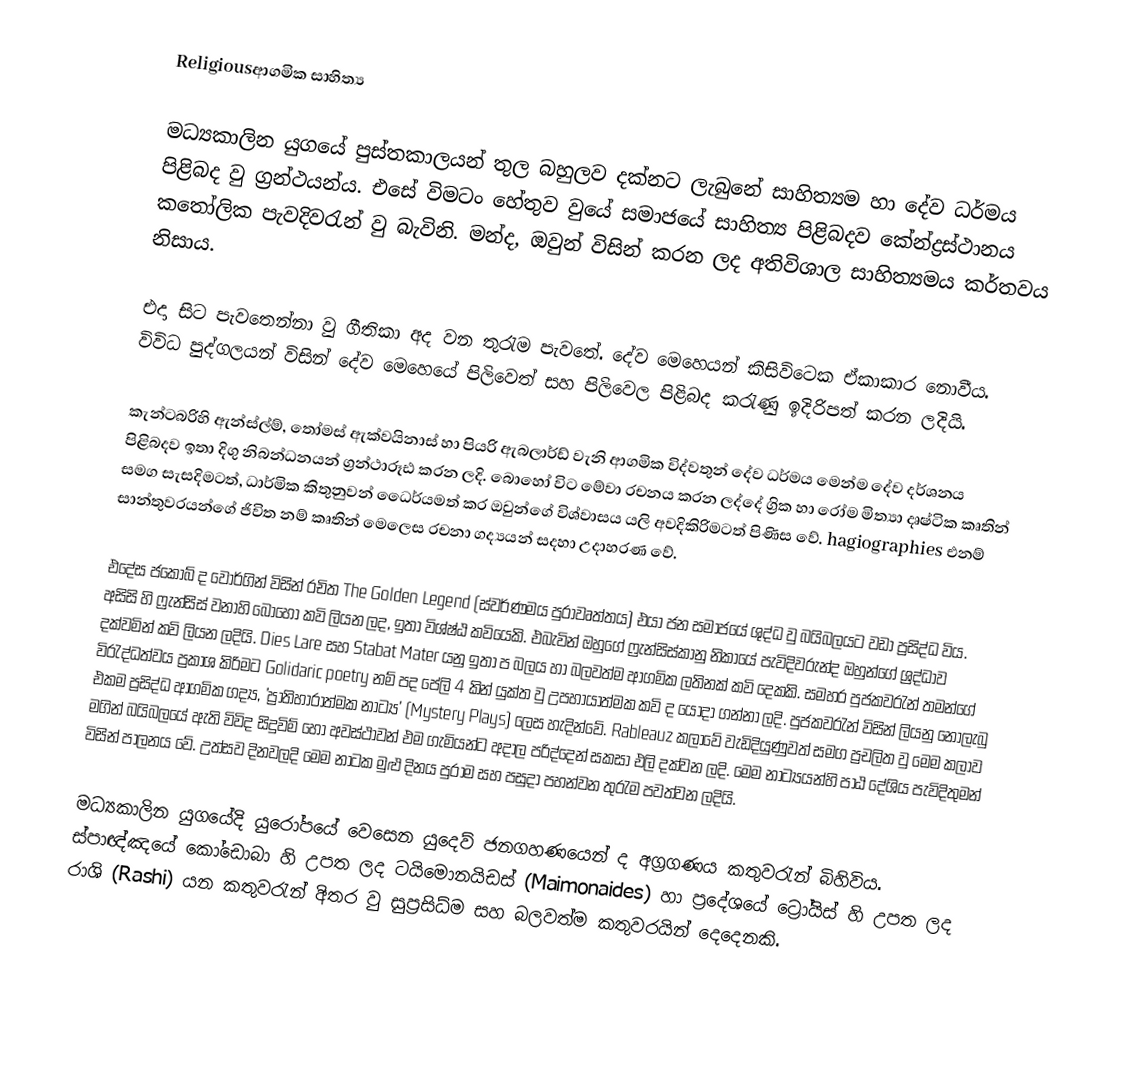
Religiousආගමික සාහිත්‍ය

	මධ්‍යකාලින යුගයේ පුස්තකාලයන් තුල බහුලව දක්නට ලැබුනේ සාහිත්‍යම හා දේව ධර්මය පිළිබද වු ග්‍රන්ථයන්ය. එසේ විමටං හේතුව වුයේ සමාජයේ සාහිත්‍ය පිළිබදව කේන්ද්‍රස්ථානය කතෝලික පැවදිවරැන් වු බැවිනි. මන්ද, ඔවුන් විසින් කරන ලද අතිවිශාල සාහිත්‍යමය කර්තවය නිසාය.

	එදා සිට පැවතෙන්නා වු ගීතිකා අද වන තුරැම පැවතේ. දේව මෙහෙයන් කිසිවිටෙක ඒකාකාර නොවීය. විවිධ පුද්ගලයන් විසින් දේව මෙහෙයේ පිලිවෙත් සහ පිලිවෙල පිළිබද කරැණු ඉදිරිපත් කරන ලදියි.

	කැන්ටබරිහි ඇන්ස්ල්ම්, තො‍්මස් ඇක්වයිනාස් හා පියරි ඇබලාර්ඩ් වැනි ආගමික විද්වතුන් දේව ධර්මය මෙන්ම දේව දර්ශනය පිළිබදව ඉතා දිගු නිබන්ධනයන් ග්‍රන්ථාරූඪ කරන ලදි. බොහෝ විට මේවා රචනය කරන ලද්දේ ග්‍රික හා රෝම මිත්‍යා දෘෂ්ටික කෘතින් සමග සැසදිමටත්, ධාර්මික කිතුනුවන් ධෛර්යමත් කර ඔවුන්ගේ විශ්වාසය යලි අවදිකිරිමටත් පිණිස වේ. hagiographies එනම් සාන්තුවරයන්ගේ ජිවිත නම් කෘතින් මෙලෙස රචනා ගද්‍යයන් සදහා උදාහරණ වේ.

එදේස ජකොබ් ද වෝර්ගින් විසින් රචිත The Golden Legend  (ස්වර්ණමය පුරාවෘත්තය) එයා ජන සමාජයේ ශුද්ධ වු බයිබලයට වඩා ප්‍රසිද්ධ විය. අසිසි හි ෆ්‍රැන්සිස් වනාහි බොහෝ කවි ලියන ලද, ඉතා විශ්ෂ්ඨ කවියෙකි. එබැවින් ඔහුගේ ෆ්‍රැන්සිස්කානු නිකායේ පැවිදිවරුන්ද ඔහුන්ගේ ශ්‍රද්ධාව දක්වමින් කවි ලියන ලදියි. Dies Lare  සහ Stabat Mater  යනු ඉතා ප	බලය හා බලවත්ම ආගමික ලතිනක් කවි දෙකකි. සමහර පුජකවරැන් තමන්ගේ විරැද්ධත්වය ප්‍රකාශ කිරිමට Golidaric poetry  නම් පද පේලි 4 කින් යුක්ත වු උපහායාත්මක කවි ද යොදා ගන්නා ලදි. පුජකවරැන් විසින් ලියනු නොලැබු එකම ප්‍රසිද්ධ ආගමික ගද්‍ය, 'ප්‍රාතිහාරාත්මක නාට්‍ය' (Mystery Plays) ලෙස හැදින්වේ. Rableauz  කලාවේ වැඩිදියුණුවත් සමග ප්‍රචලිත වු මෙම කලාව මගින් බයිබලයේ ඇති විවිද සිදුවිම් හෝ අවස්ථාවන් එම ගැමියන්ට අදාල පරිද්දෙන් සකසා එලි දක්වන ලදි. මෙම නාට්‍යයන්හි පාඨ දේශිය ‍පැවිදිතුමන් විසින් පාලනය වේ. උත්සව දිනවලදි මෙම නාටක මුළු දිනය පුරාම සහ පසුදා පහන්වන තුරැම පවත්වන ලදියි.

මධ්‍යකාලින යුගයේදි යුරෝපයේ වෙසෙන යුදෙව් ජනගහණයෙන් ද අග්‍රගණය කතුවරැන් බිහිවිය. ස්පාඥ්ඤයේ කෝඩොබා හි උපත ලද ‍ටයිමොනයිඩස් (Maimonaides) හා ප්‍රදේශයේ ට්‍රෝයිස් හි උපත ලද රා‍ශි (Rashi) යන කතුවරැන් ිඅතර වු සුප්‍රසිධ්ම සහ බලවත්ම කතුවරයින් දෙදෙනකි.